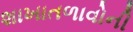
શાખાતળાવોની